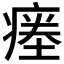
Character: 𱱜